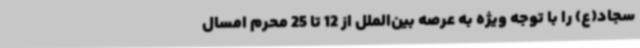
سجاد(ع) را با توجه ویژه به عرصه بین‌الملل از 12 تا 25 محرم امسال